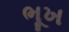
ભૂખ